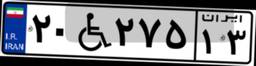
۵۰W۰۶۳۷۸